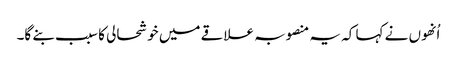
اُنھوں نے کہا کہ یہ منصوبہ علاقے میں خوشحالی کا سبب بنے گا۔